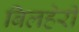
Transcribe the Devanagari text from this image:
बिलहेरी